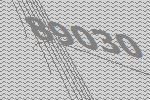
89030